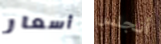
أسعار أنجلس